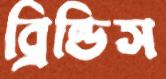
ব্রিন্ডিস